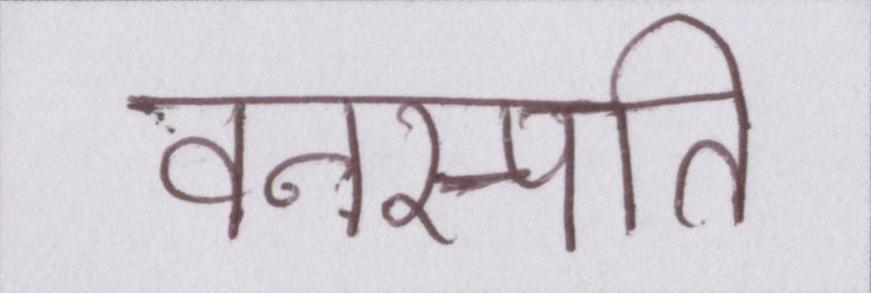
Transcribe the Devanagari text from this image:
वनस्पति